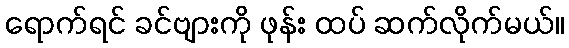
ရောက်ရင် ခင်ဗျားကို ဖုန်း ထပ် ဆက်လိုက်မယ်။